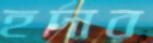
হর্দার